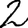
Digit: 2